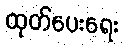
ထုတ်ပေးရေး